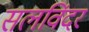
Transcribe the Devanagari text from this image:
सलविंदर